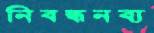
নিবন্ধনব্য